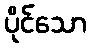
ပိုင်သော